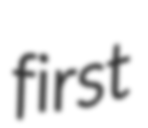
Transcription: first